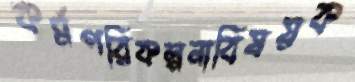
কর্মপরিকল্পনাবিষয়ক